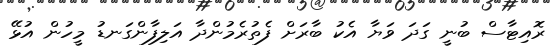
ރޮއިޓާސް ބުނީ ގަދަ ވަޔާ އެކު ބާރަށް ފެތުރެމުންދާ އަލިފާންގަނޑު މީހުން އުޅޭ